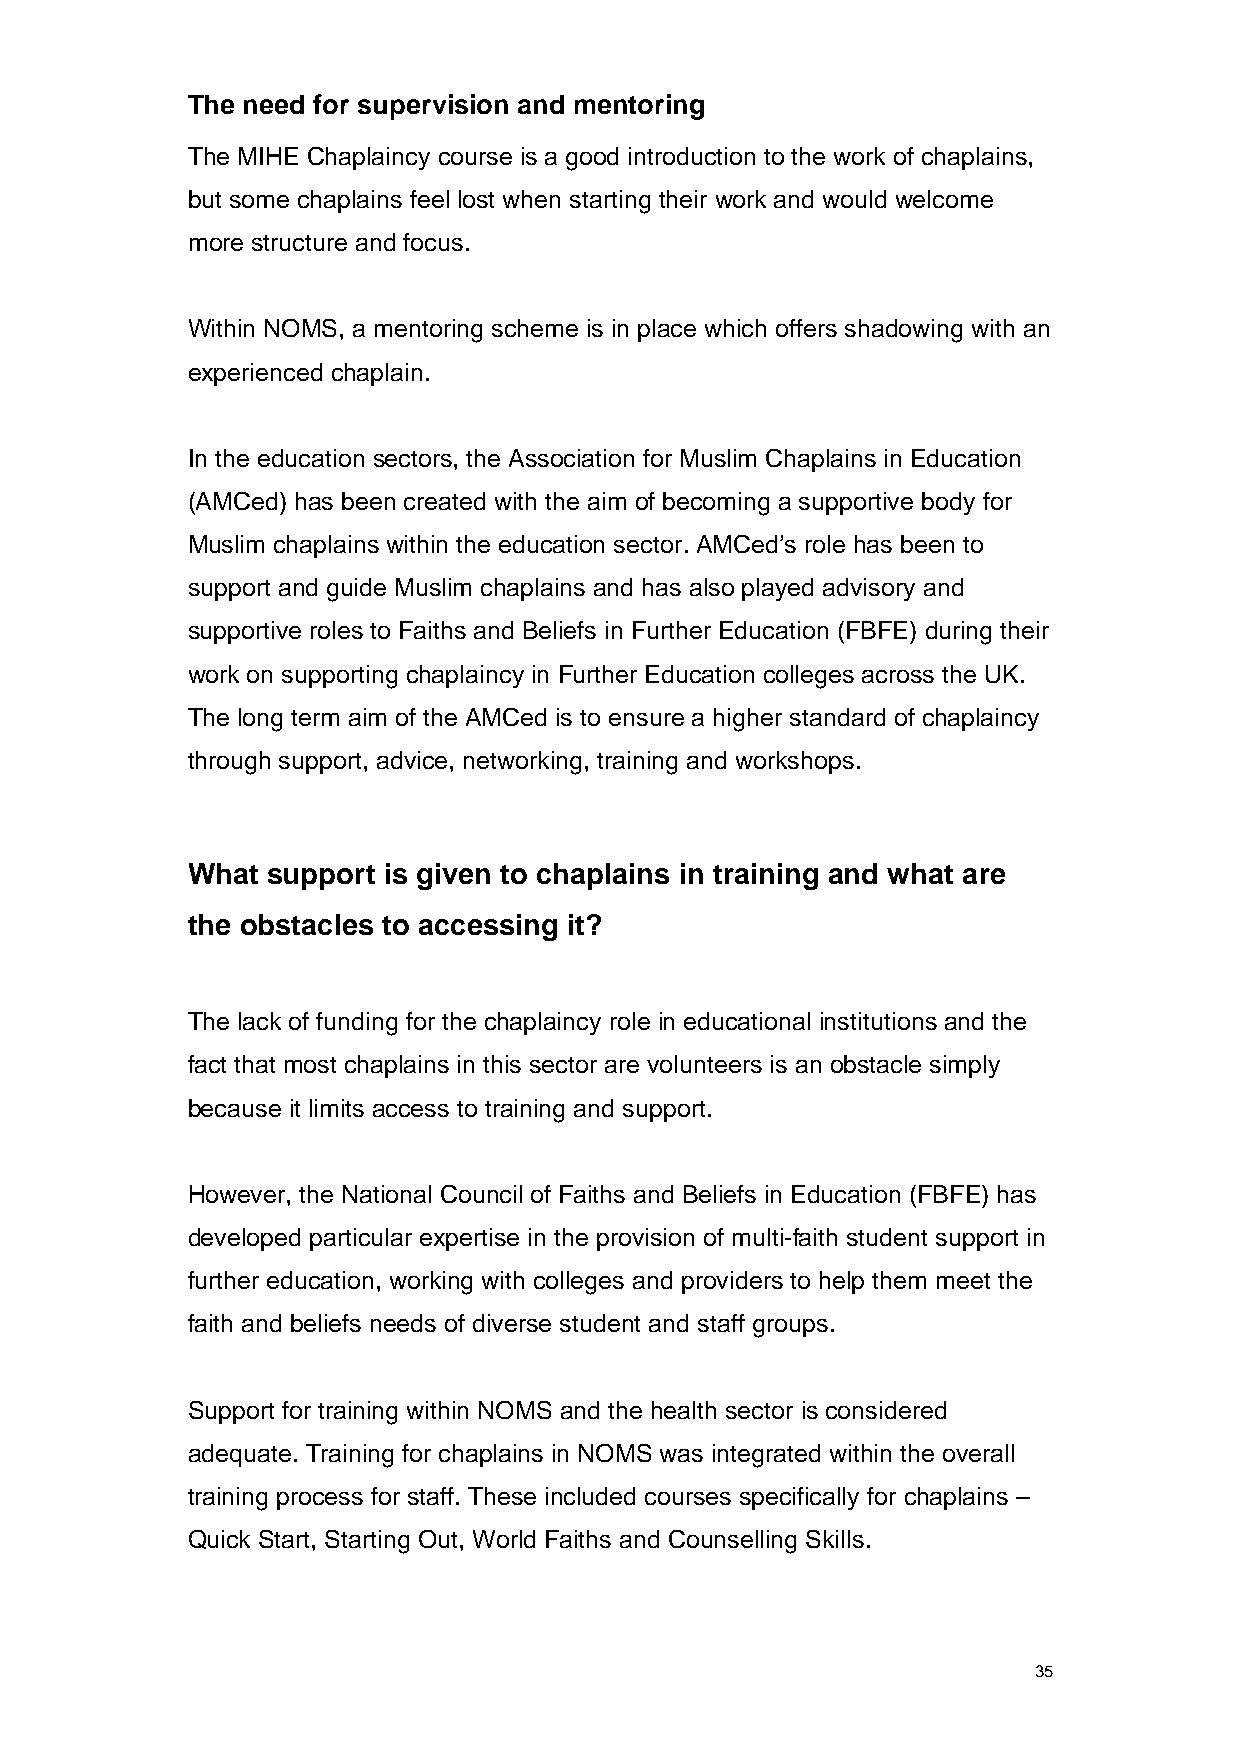
The need for supervision and mentoring
 The MIHE Chaplaincy course is a good introduction to the work of chaplains,
 but some chaplains feel lost when starting their work and would welcome
 more structure and focus.
 Within NOMS, a mentoring scheme is in place which offers shadowing with an
 experienced chaplain.
 In the education sectors, the Association for Muslim Chaplains in Education
 (AMCed) has been created with the aim of becoming a supportive body for
 Muslim chaplains within the education sector. AMCed’s role has been to
 support and guide Muslim chaplains and has also played advisory and
 supportive roles to Faiths and Beliefs in Further Education (FBFE) during their
 work on supporting chaplaincy in Further Education colleges across the UK.
 The long term aim of the AMCed is to ensure a higher standard of chaplaincy
 through support, advice, networking, training and workshops.
 What  support is given to chaplains in training and what are
 the obstacles to accessing it?
 The lack of funding for the chaplaincy role in educational institutions and the
 fact that most chaplains in this sector are volunteers is an obstacle simply
 because it limits access to training and support.
 However, the National Council of Faiths and Beliefs in Education (FBFE) has
 developed particular expertise in the provision of multi-faith student support in
 further education, working with colleges and providers to help them meet the
 faith and beliefs needs of diverse student and staff groups.
 Support for training within NOMS and the health sector is considered
 adequate. Training for chaplains in NOMS was integrated within the overall
 training process for staff. These included courses specifically for chaplains –
 Quick Start, Starting Out, World Faiths and Counselling Skills.
 35